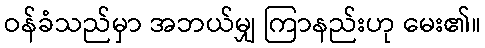
ဝန်ခံသည်မှာ အဘယ်မျှ ကြာနည်းဟု မေး၏။